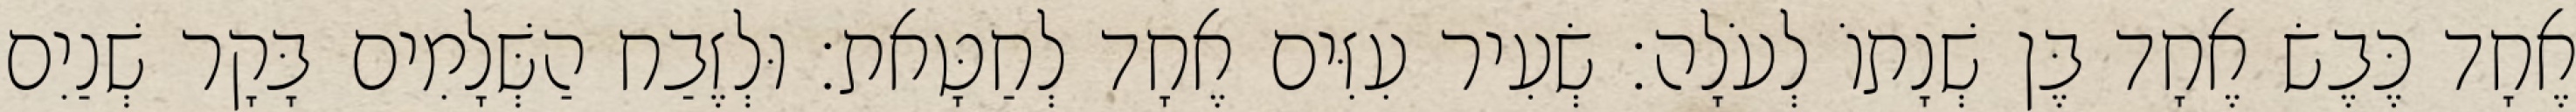
אֶחָד כֶּבֶשׂ אֶחָד בֶּן שְׁנָתוֹ לְעֹלָה׃ שְׂעִיר עִזִּים אֶחָד לְחַטָּאת׃ וּלְזֶבַח הַשְּׁלָמִים בָּקָר שְׁנַיִם